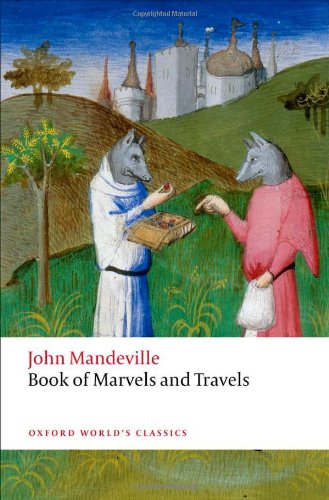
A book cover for The Book of Marvels and Travels (Oxford World's Classics); John Mandeville; Literature & Fiction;